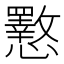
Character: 𭟟